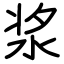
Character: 浆